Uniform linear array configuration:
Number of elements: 16
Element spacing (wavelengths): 0.75
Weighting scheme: binomial
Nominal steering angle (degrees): -45
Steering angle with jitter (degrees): -43.641
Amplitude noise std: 0.05
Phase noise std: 0.05

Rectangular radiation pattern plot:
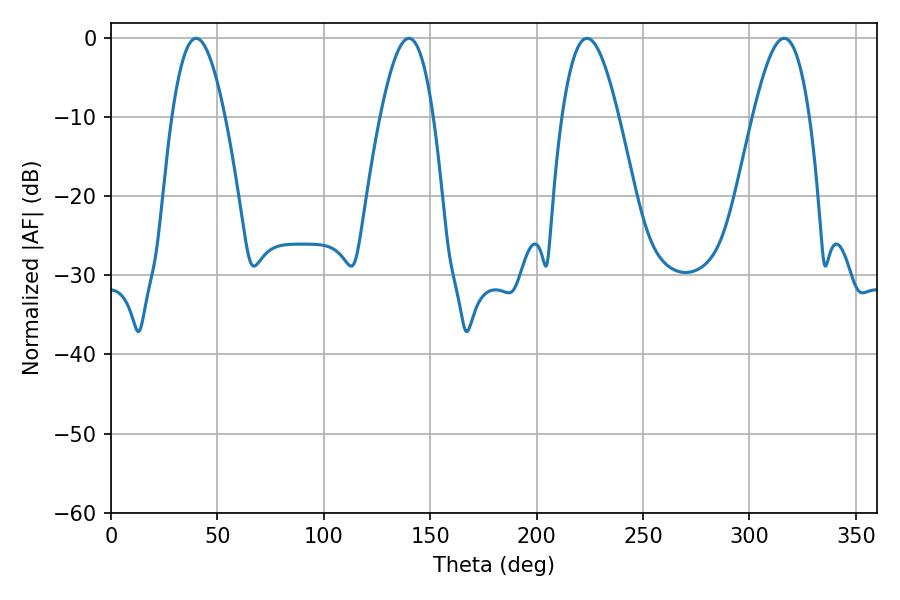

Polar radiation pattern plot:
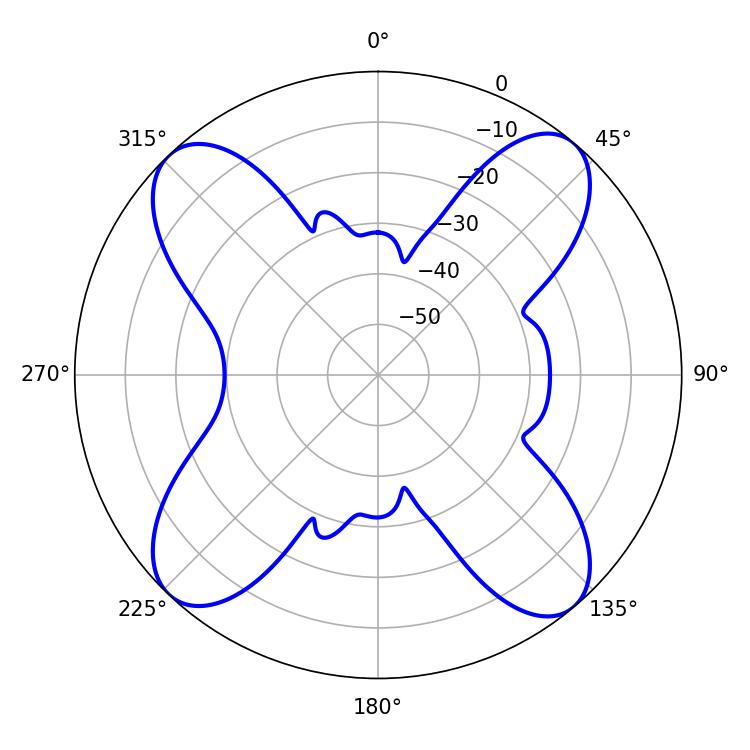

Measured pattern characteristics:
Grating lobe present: TRUE
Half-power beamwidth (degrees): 13.5
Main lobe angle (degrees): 39.96